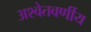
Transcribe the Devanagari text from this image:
अश्वेतवर्णीय